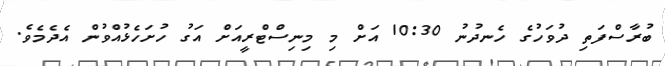
ބުރާސްފަތި ދުވަހުގެ ހެނދުނު 10:30 އަށް މި މިނިސްޓްރީއަށް އަގު ހުށަހެޅުއްވުން އެދެމެވެ.